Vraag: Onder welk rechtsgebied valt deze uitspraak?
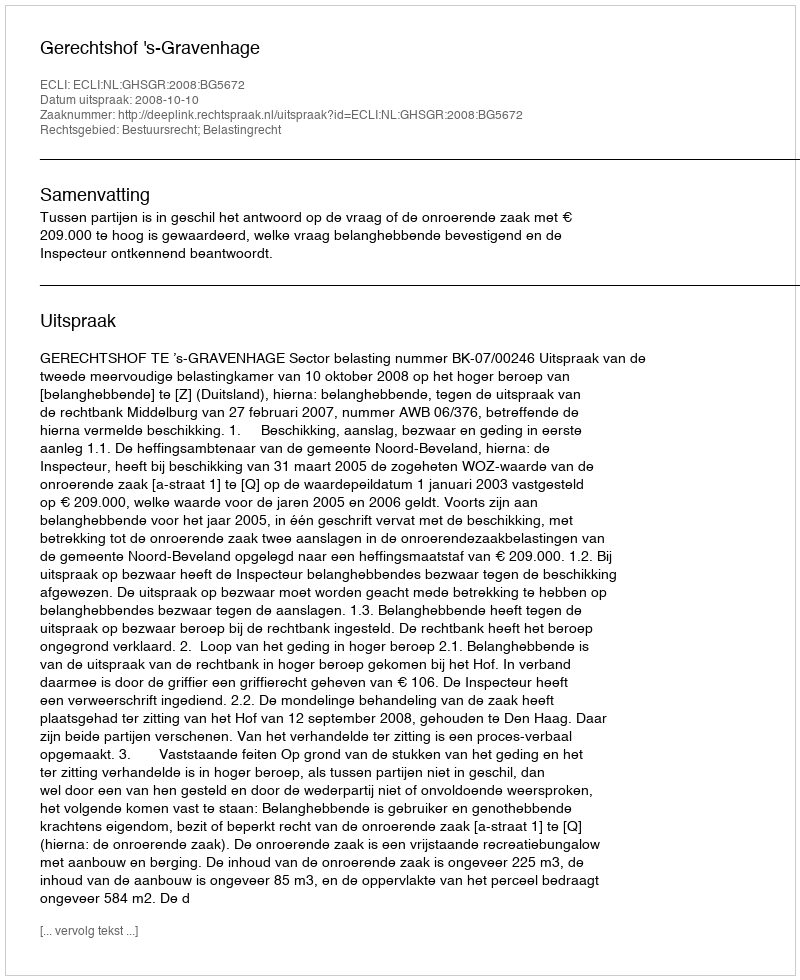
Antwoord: Bestuursrecht; Belastingrecht